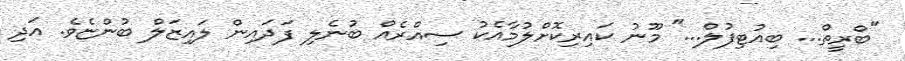
"ބްރީތް... ބިއުޓިފުލް..." މޫނު ކައިރިކޮށްލުމާއެކު ސިއްރެއް ބުނެލި ފަދައިން ލައިޒަލް ބުންޏެވެ. އަދި